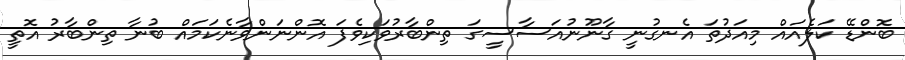
ބޮންޑޭ ކަލެއައް މިއަދުތަ އެނގުނީ ގާނޫނުއަސާސީގަ ތިންބާރުވަކިވެފަ އޮންނަންވާނެކަމައް ބުނާ ތިންބާރު އޮތީ